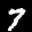
Label: 7